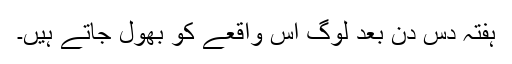
ہفتہ دس دن بعد لوگ اس واقعے کو بھول جاتے ہیں۔